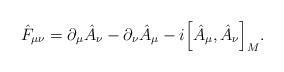
LaTeX: \begin{align*}\hat{F}_{\mu \nu }=\partial_\mu\hat{A}_{\nu }-\partial_\nu\hat{A}_{\mu }-i\Big[\hat{A}_{\mu },\hat{A}_{\nu }\Big]_M.\end{align*}